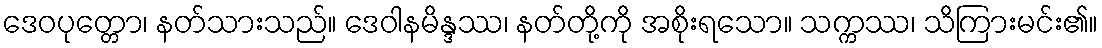
ဒေဝပုတ္တော၊ နတ်သားသည်။ ဒေဝါနမိန္ဒဿ၊ နတ်တို့ကို အစိုးရသော။ သက္ကဿ၊ သိကြားမင်း၏။